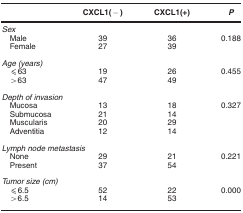
<table><thead><tr><td><b> </b></td><td><b>CXCL1(−)</b></td><td><b>CXCL1(+)</b></td><td><b><i>P</i></b></td></tr></thead><tbody><tr><td colspan="4"><i>Sex</i></td></tr><tr><td> Male</td><td>39</td><td>36</td><td>0.188</td></tr><tr><td> Female</td><td>27</td><td>39</td><td> </td></tr><tr><td colspan="4"> </td></tr><tr><td colspan="4"><i>Age (years)</i></td></tr><tr><td> ⩽63</td><td>19</td><td>26</td><td>0.455</td></tr><tr><td> &gt;63</td><td>47</td><td>49</td><td> </td></tr><tr><td colspan="4"> </td></tr><tr><td colspan="4"><i>Depth of invasion</i></td></tr><tr><td> Mucosa</td><td>13</td><td>18</td><td>0.327</td></tr><tr><td> Submucosa</td><td>21</td><td>14</td><td> </td></tr><tr><td> Muscularis</td><td>20</td><td>29</td><td> </td></tr><tr><td> Adventitia</td><td>12</td><td>14</td><td> </td></tr><tr><td colspan="4"> </td></tr><tr><td colspan="4"><i>Lymph node metastasis</i></td></tr><tr><td> None</td><td>29</td><td>21</td><td>0.221</td></tr><tr><td> Present</td><td>37</td><td>54</td><td> </td></tr><tr><td colspan="4"> </td></tr><tr><td colspan="4"><i>Tumor size (cm)</i></td></tr><tr><td> ⩽6.5</td><td>52</td><td>22</td><td>0.000</td></tr><tr><td> &gt;6.5</td><td>14</td><td>53</td><td> </td></tr></tbody></table>